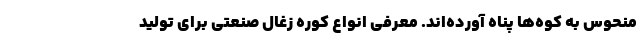
منحوس به کوه‌ها پناه آورده‌اند. معرفی انواع کوره زغال صنعتی برای تولید